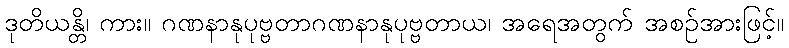
ဒုတိယန္တိ၊ ကား။ ဂဏနာနုပုဗ္ဗတာဂဏနာနုပုဗ္ဗတာယ၊ အရေအတွက် အစဉ်အားဖြင့်။